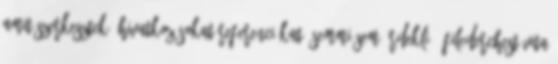
amit szerkesztek, hivatkozásokat referenciákat, semmi sem érdekli.– Filederchest vita